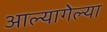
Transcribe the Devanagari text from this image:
आल्यागेल्या